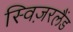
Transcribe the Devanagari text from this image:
स्विज़रलैंड